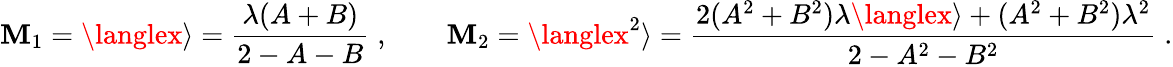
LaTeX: \mathbf{M}_{1}=\langlex\rangle={\frac{{\lambda(A+B)}}{{2-A-B}}}\; ,\qquad\mathbf{M}_{2}=\langlex^{2}\rangle={\frac{{2(A^{2}+B^{2})\lambda\langlex\rangle+(A^{2}+B^{2})\lambda^{2}}}{{2-A^{2}-B^{2}}}}\; .